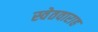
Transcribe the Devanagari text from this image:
स्वेतवाराह